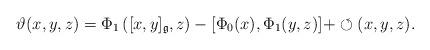
LaTeX: \begin{align*}\vartheta(x,y,z)=\Phi_1\left([x,y]_\mathfrak{g},z\right)-[\Phi_0(x),\Phi_1(y,z)]+\circlearrowleft(x,y,z).\end{align*}